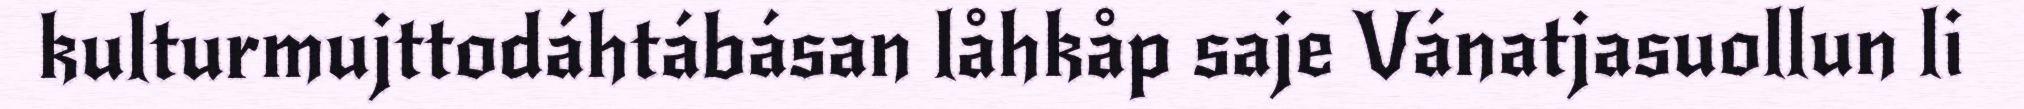
kulturmujttodáhtábásan låhkåp saje Vánatjasuollun li